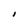
Character: I